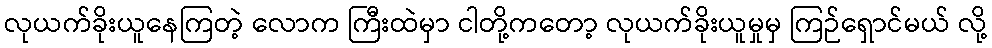
လုယက်ခိုးယူနေကြတဲ့ လောက ကြီးထဲမှာ ငါတို့ကတော့ လုယက်ခိုးယူမှုမှ ကြဉ်ရှောင်မယ် လို့